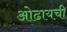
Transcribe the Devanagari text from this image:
ओढायची